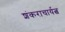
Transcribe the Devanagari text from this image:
शंकराचार्यत्व